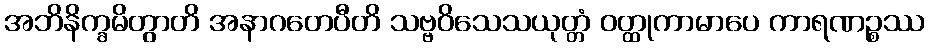
အဘိနိက္ခမိတွာတိ အနာဂတေပီတိ သဗ္ဗဝိသေသယုတ္တံ ဝတ္ထုကာမာပေ ကာရဏဉ္စဿ